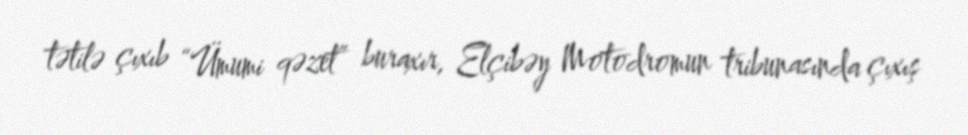
tətilə çıxıb “Ümumi qəzet” buraxır, Elçibəy Motodromun tribunasında çıxış